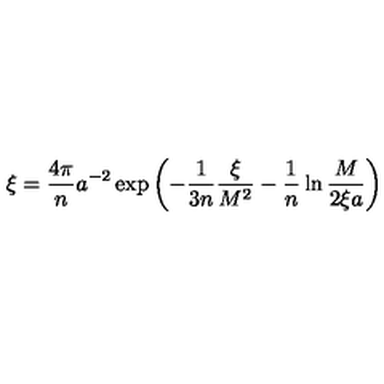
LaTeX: \xi = \frac { 4 \pi } { n } a ^ { - 2 } \exp \left( - \frac { 1 } { 3 n } \frac { \xi } { M ^ { 2 } } - \frac { 1 } { n } \ln \frac { M } { 2 \xi a } \right)